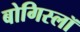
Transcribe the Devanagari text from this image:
बोगिस्लॉ